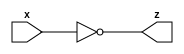
module not_1(x, z);
    input x;
    output z;

    assign z = ~x;
endmodule // not

module not_32(X, Z);
    parameter WIDTH = 32;
    input [0:(WIDTH-1)] X;
    output [0:(WIDTH-1)] Z;
    
    genvar i;
    generate
        for (i=0;i<WIDTH;i=i+1) begin: NOT_32BIT
            //each bit of the output is just the 
            //result of an and on that bit of the two inputs
            not_1 NOT_1 (
                .x(X[i]),
                .z(Z[i]));
        end
    endgenerate

endmodule